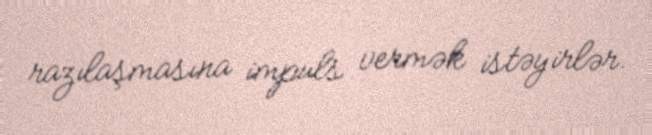
razılaşmasına impuls vermək istəyirlər.